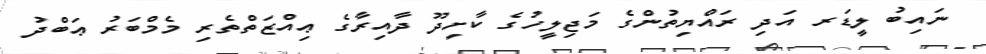
ނައިބު ލީޑަރ އަދި ރައްޔިތުންގެ މަޖިލީހުގެ ކާށިދޫ ދާއިރާގެ ޢިއްޒަތްތެރި މެމްބަރު ޢަބްދު